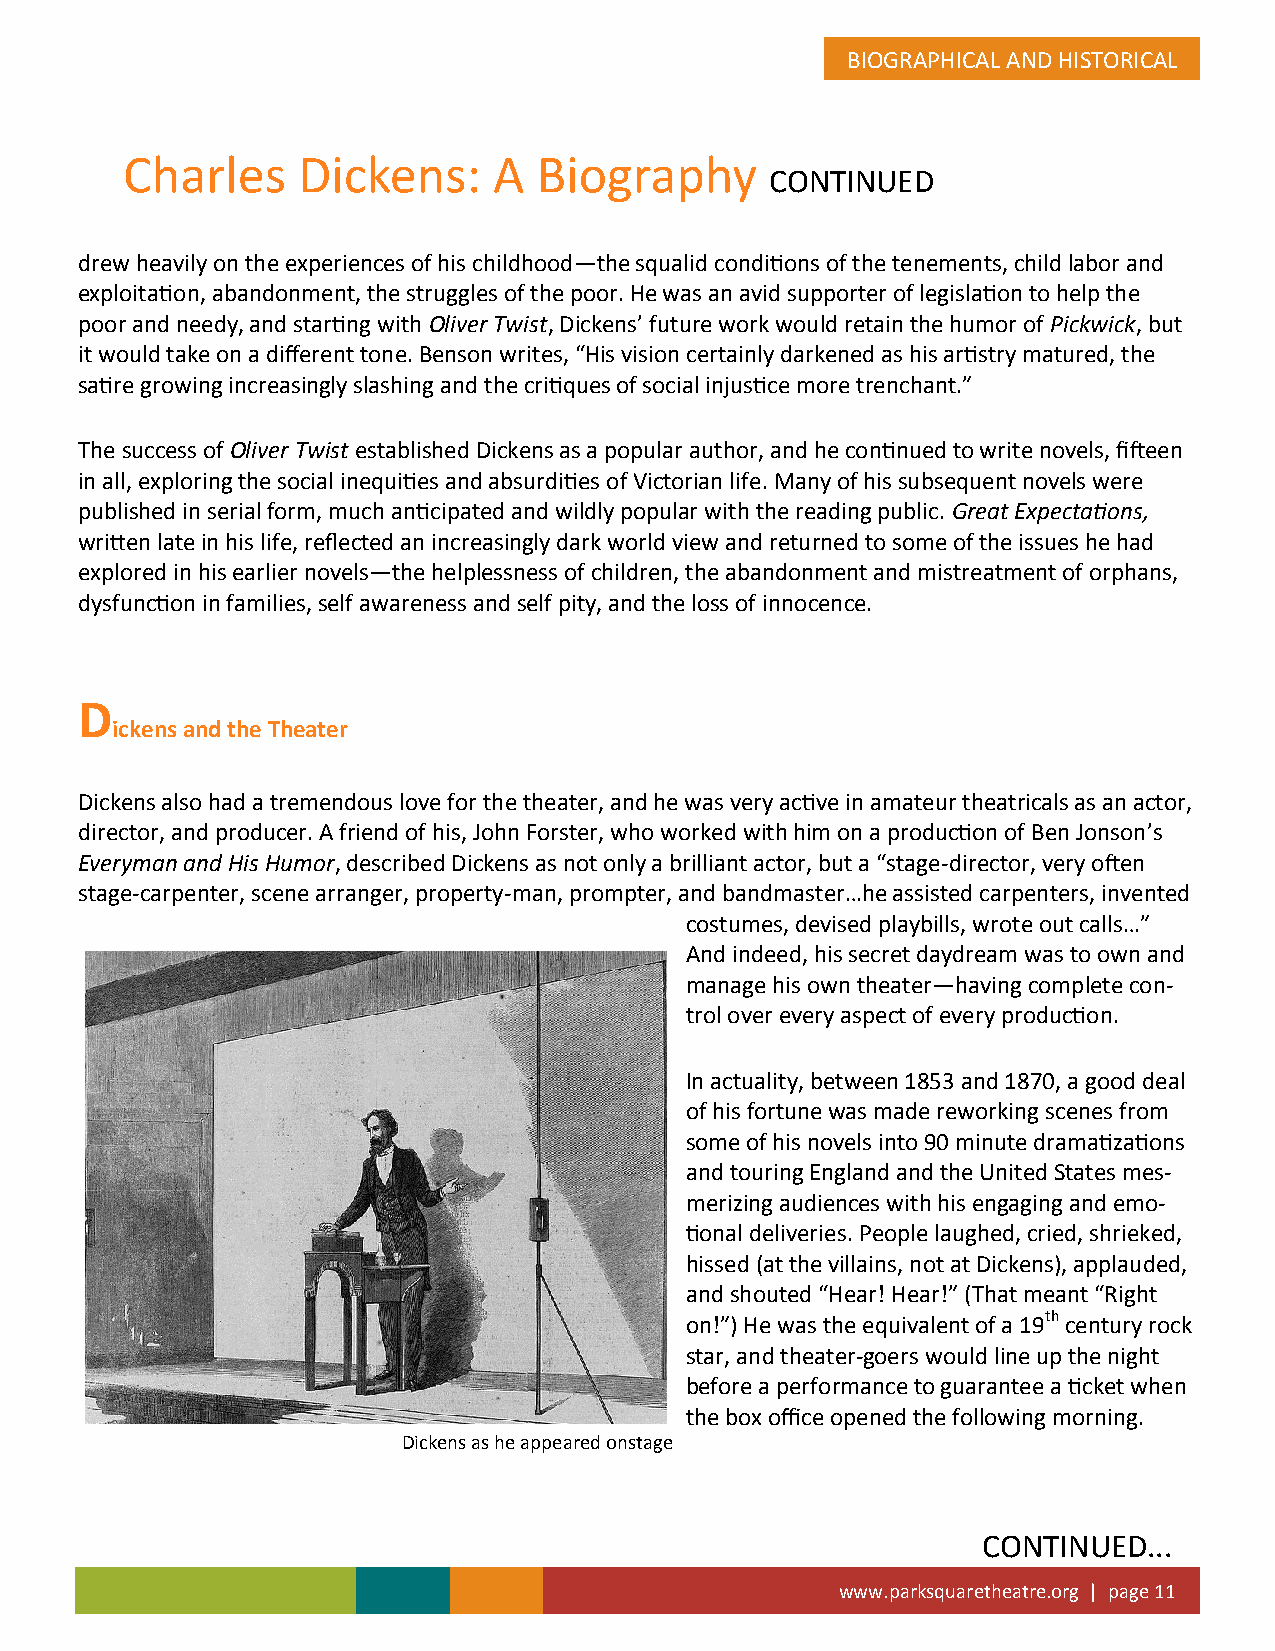
BIOGRAPHICAL AND HISTORICAL
 Charles     Dickens:     A  Biography
 CONTINUED
 drew heavily on the experiences of his childhood—the squalid conditions of the tenements, child labor and
 exploitation, abandonment, the struggles of the poor. He was an avid supporter of legislation to help the
 poor and needy, and starting with Oliver Twist, Dickens’ future work would retain the humor of Pickwick, but
 it would take on a different tone. Benson writes, “His vision certainly darkened as his artistry matured, the
 satire growing increasingly slashing and the critiques of social injustice more trenchant.”
 The success of Oliver Twist established Dickens as a popular author, and he continued to write novels, fifteen
 in all, exploring the social inequities and absurdities of Victorian life. Many of his subsequent novels were
 published in serial form, much anticipated and wildly popular with the reading public. Great Expectations,
 written late in his life, reflected an increasingly dark world view and returned to some of the issues he had
 explored in his earlier novels—the helplessness of children, the abandonment and mistreatment of orphans,
 dysfunction in families, self awareness and self pity, and the loss of innocence.
 D
 ickens and the Theater
 Dickens also had a tremendous love for the theater, and he was very active in amateur theatricals as an actor,
 director, and producer. A friend of his, John Forster, who worked with him on a production of Ben Jonson’s
 Everyman and His Humor, described Dickens as not only a brilliant actor, but a “stage-director, very often
 stage-carpenter, scene arranger, property-man, prompter, and bandmaster…he assisted carpenters, invented
 costumes, devised playbills, wrote out calls…”
 And indeed, his secret daydream was to own and
 manage his own theater—having complete con-
 trol over every aspect of every production.
 In actuality, between 1853 and 1870, a good deal
 of his fortune was made reworking scenes from
 some of his novels into 90 minute dramatizations
 and touring England and the United States mes-
 merizing audiences with his engaging and emo-
 tional deliveries. People laughed, cried, shrieked,
 hissed (at the villains, not at Dickens), applauded,
 and shouted “Hear! Hear!” (That meant “Right
 on!”) He was the equivalent of a 19th century rock
 star, and theater-goers would line up the night
 before a performance to guarantee a ticket when
 the box office opened the following morning.
 Dickens as he appeared onstage
 CONTINUED...
 www.parksquaretheatre.org | page 11